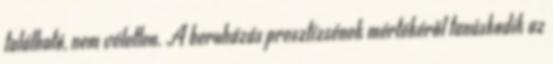
található, nem véletlen. A beruházás presztízsének mértékéről tanúskodik az